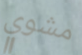
مشوي